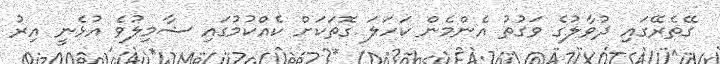
ގޭތެރޭގައި ދުވާލުގެ ވަގުތު އެންމެން ކަހަލަ ގޮތަކަށް ކެއްކުމުގައި ޝާމިލުވެ އުޅެނީ އިރު